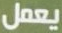
يعمل